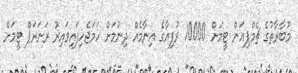
މުބާރާތުގެ ޗެމްޕިއަން ޓީމަށް 10000 ރުފިޔާގެ އިނާމެއް ދިނުމަށް ހަމަޖެހިފައިވައިރު ރަނަރަޕް ޓީމަށް